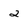
Character: 2